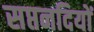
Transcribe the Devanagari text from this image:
सप्तनदियों